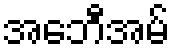
အေဘီအမ်